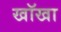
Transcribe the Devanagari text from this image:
खॉखा